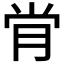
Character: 𫆙